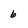
Character: 6